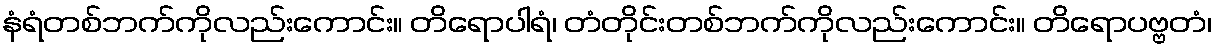
နံရံတစ်ဘက်ကိုလည်းကောင်း။ တိရောပါရံ၊ တံတိုင်းတစ်ဘက်ကိုလည်းကောင်း။ တိရောပဗ္ဗတံ၊